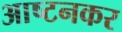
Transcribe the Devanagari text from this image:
आष्टनकर